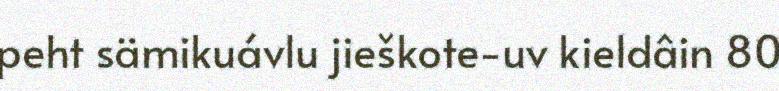
peht sämikuávlu jieškote-uv kieldâin 80